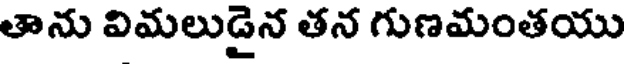
తాను విమలుడైన తన గుణమంతయు